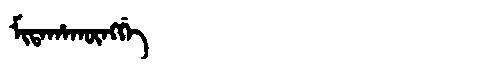
Manchu: ᠮᡳᡨᠠᡥᠠᡴᡡᠩᡤᡝ
Romanization: MITAHAKŪNGGE